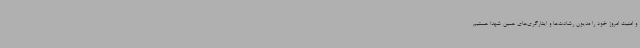
و امنیت امروز خود را مدیون رشادت‌ها و ایثارگری‌های همین شهدا هستیم